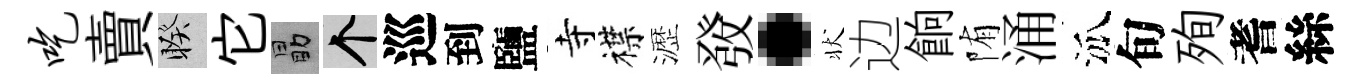
吃賣睽它勗个巡到鹽寺襟瀝𤼲·状边餉陏涌泒旬殉耆絲